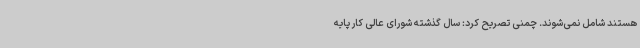
هستند شامل نمی‌شوند. چمنی تصریح کرد: سال گذشته شورای عالی کار پایه